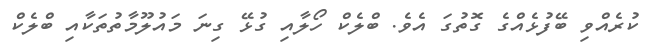
ކުރެއްވި ބޭފުޅެއްގެ ގޮތުގަ އެވެ. ބްލެކް ހޯލާއި ގުޅޭ ގިނަ މައުލޫމާތުތަކާއި ބްލެކް